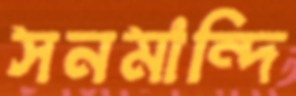
সনমান্দি